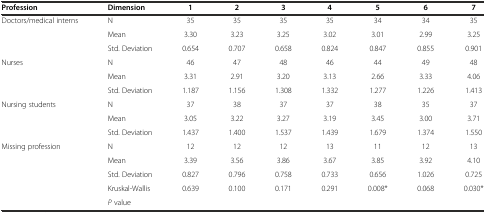
<table><thead><tr><td><b>Profession</b></td><td><b>Dimension</b></td><td><b>1</b></td><td><b>2</b></td><td><b>3</b></td><td><b>4</b></td><td><b>5</b></td><td><b>6</b></td><td><b>7</b></td></tr></thead><tbody><tr><td rowspan="3">Doctors/medical interns</td><td>N</td><td>35</td><td>35</td><td>35</td><td>35</td><td>34</td><td>34</td><td>35</td></tr><tr><td>Mean</td><td>3.30</td><td>3.23</td><td>3.25</td><td>3.02</td><td>3.01</td><td>2.99</td><td>3.25</td></tr><tr><td>Std. Deviation</td><td>0.654</td><td>0.707</td><td>0.658</td><td>0.824</td><td>0.847</td><td>0.855</td><td>0.901</td></tr><tr><td rowspan="3">Nurses</td><td>N</td><td>46</td><td>47</td><td>48</td><td>46</td><td>44</td><td>49</td><td>48</td></tr><tr><td>Mean</td><td>3.31</td><td>2.91</td><td>3.20</td><td>3.13</td><td>2.66</td><td>3.33</td><td>4.06</td></tr><tr><td>Std. Deviation</td><td>1.187</td><td>1.156</td><td>1.308</td><td>1.332</td><td>1.277</td><td>1.226</td><td>1.413</td></tr><tr><td rowspan="3">Nursing students</td><td>N</td><td>37</td><td>38</td><td>37</td><td>37</td><td>38</td><td>35</td><td>37</td></tr><tr><td>Mean</td><td>3.05</td><td>3.22</td><td>3.27</td><td>3.19</td><td>3.45</td><td>3.00</td><td>3.71</td></tr><tr><td>Std. Deviation</td><td>1.437</td><td>1.400</td><td>1.537</td><td>1.439</td><td>1.679</td><td>1.374</td><td>1.550</td></tr><tr><td rowspan="3">Missing profession</td><td>N</td><td>12</td><td>12</td><td>12</td><td>13</td><td>11</td><td>12</td><td>13</td></tr><tr><td>Mean</td><td>3.39</td><td>3.56</td><td>3.86</td><td>3.67</td><td>3.85</td><td>3.92</td><td>4.10</td></tr><tr><td>Std. Deviation</td><td>0.827</td><td>0.796</td><td>0.758</td><td>0.733</td><td>0.656</td><td>1.026</td><td>0.725</td></tr><tr><td rowspan="2"></td><td>Kruskal-Wallis</td><td rowspan="2">0.639</td><td rowspan="2">0.100</td><td rowspan="2">0.171</td><td rowspan="2">0.291</td><td rowspan="2">0.008*</td><td rowspan="2">0.068</td><td rowspan="2">0.030*</td></tr><tr><td><i>P</i> value</td></tr></tbody></table>